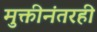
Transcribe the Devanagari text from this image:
मुक्तीनंतरही